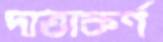
দাতাকর্ণ